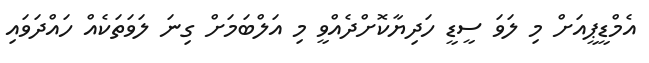
އެމްޑީޕީއަށް މި ލަވަ ސީޑީ ހަދިޔާކޮށްދެއްވީ މި އަލްބަމަށް ގިނަ ލަވަތަކެއް ހައްދަވައި